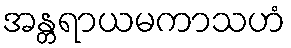
အန္တရာယမကာသဟံ